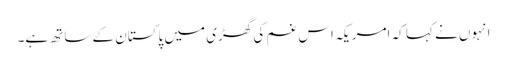
انہوں نے کہا کہ امریکہ اس غم کی گھڑی میں پاکستان کے ساتھ ہے۔